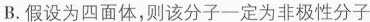
B.假设为四面体，则该分子一定为非极性分子